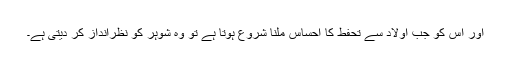
اور اس کو جب اولاد سے تحفط کا احساس ملنا شروع ہوتا ہے تو وہ شوہر کو نظرانداز کر دیتی ہے۔